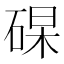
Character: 𥓖